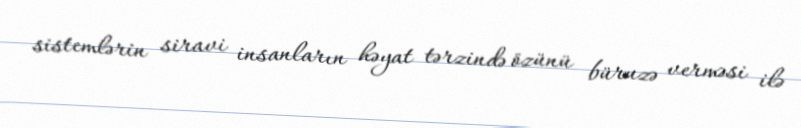
sistemlərin siravi insanların həyat tərzində özünü büruzə verməsi ilə